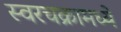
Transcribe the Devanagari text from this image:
स्वरचक्रामध्ये